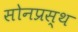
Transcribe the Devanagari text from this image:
सोनप्रस्थ